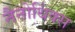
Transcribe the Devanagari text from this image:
नैनोथिंक्स